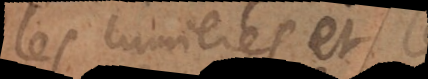
les lumieres que